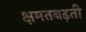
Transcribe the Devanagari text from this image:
क्षमतबढ़ती